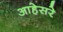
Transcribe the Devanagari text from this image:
आहेसरे